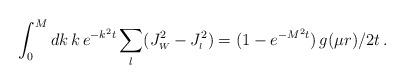
LaTeX: \begin{align*}\int_0^M dk\, k\, e^{- k^2 t}\sum_l (J_{\scriptscriptstyle{W}}^2 - J_{\scriptscriptstyle{l}}^2 )=( 1 - e^{ -M^2 t})\, g( \mu r)/2t\,.\end{align*}